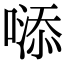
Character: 𠻹